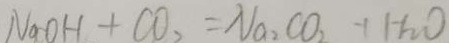
N a O H + C O _ { 2 } = N a _ { 2 } C O _ { 2 } + H _ { 2 } O